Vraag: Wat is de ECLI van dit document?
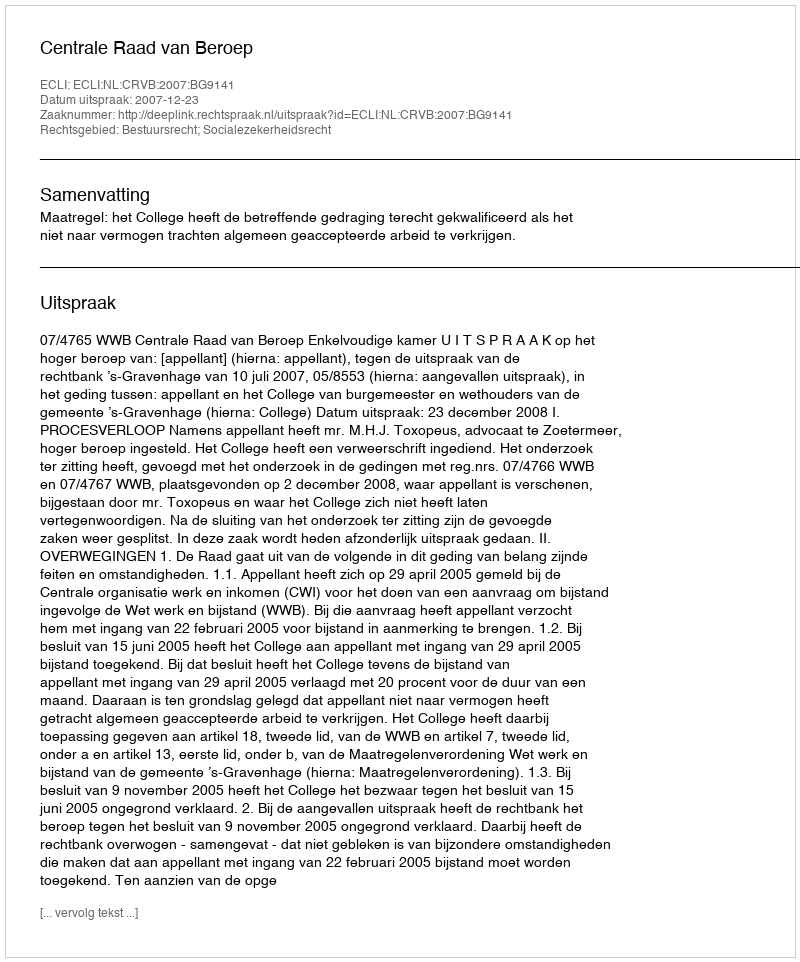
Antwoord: ECLI:NL:CRVB:2007:BG9141